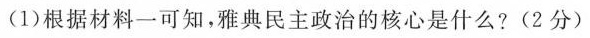
(1)根据材料一可知，雅典民主政治的核心是什么?(2分)